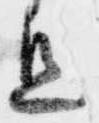
旦